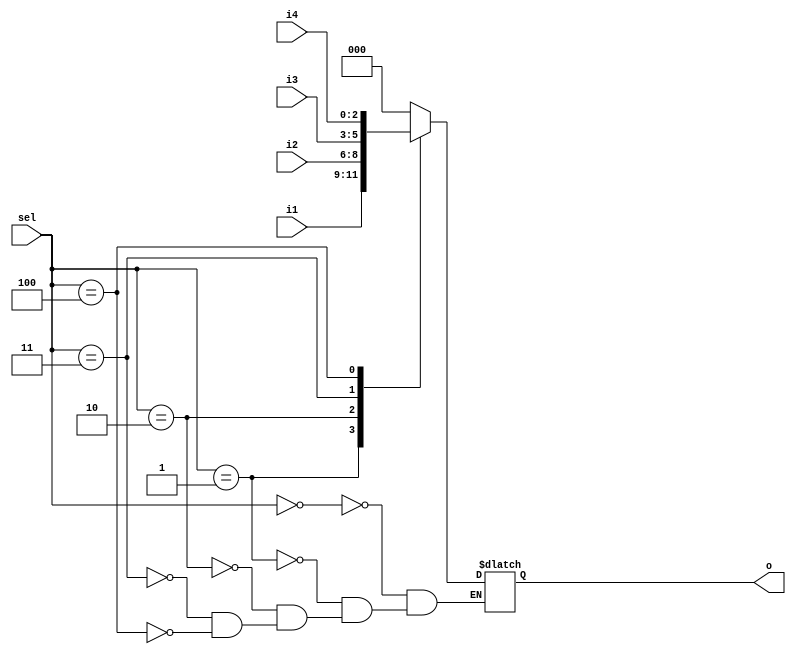
// This program was cloned from: https://github.com/steveicarus/ivtest
// License: GNU General Public License v2.0

// Incomplete case statements in asynchronous logic are dangerous in
// synthesisable code, as in real hardware the inferred latch will be
// sensitive to glitches as the case select value changes. Check that
// the compiler outputs a warning for this.
module mux(

input wire [2:0] sel,
input wire [2:0] i1,
input wire [2:0] i2,
input wire [2:0] i3,
input wire [2:0] i4,
output reg [2:0] o

);

(* ivl_synthesis_on *)
always @* begin
  case (sel)
    0 : o = 0;
    1 : o = i1;
    2 : o = i2;
    3 : o = i3;
    4 : o = i4;
  endcase
end
(* ivl_synthesis_off *)

initial $display("PASSED");

endmodule